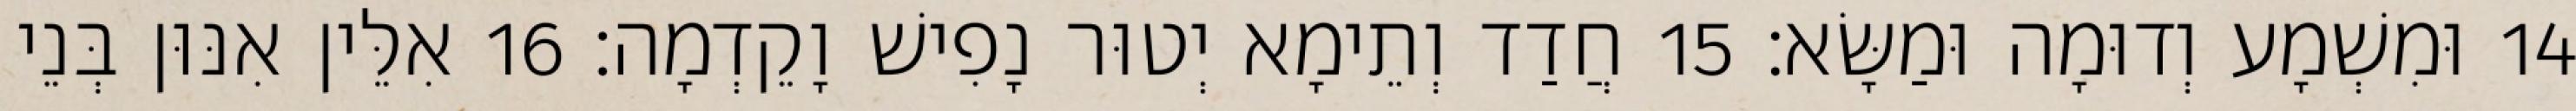
14 וּמִשְׁמָע וְדוּמָה וּמַשָּׂא׃ 15 חֲדַד וְתֵימָא יְטוּר נָפִישׁ וָקֵדְמָה׃ 16 אִלֵּין אִנּוּן בְּנֵי